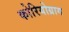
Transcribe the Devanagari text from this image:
कोरियोग्राग